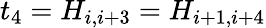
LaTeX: t_{4}=H_{i,i+3}=H_{i+1,i+4}